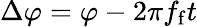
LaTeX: \Delta\varphi=\varphi-2\pi f_{\mathrm{f}}t